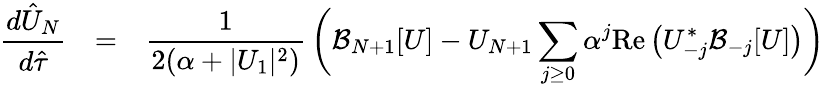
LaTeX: \begin{array}{rcl}{\displaystyle\frac{d\hat{U}_{N}}{d\hat{\tau}}}&{=}&{\displaystyle\frac{1}{2(\alpha+|U_{1}|^{2})}\, \bigg(\mathcal{B}_{N+1}[U]-U_{N+1}\sum_{j\ge 0}\alpha^{j}\mathrm{Re}\left(U_{-j}^{*}\mathcal{B}_{-j}[U]\right)\bigg)}\end{array}